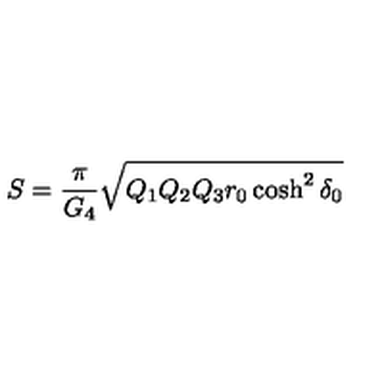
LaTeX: S = { \frac { \pi } { G _ { 4 } } } \sqrt { Q _ { 1 } Q _ { 2 } Q _ { 3 } r _ { 0 } \cosh ^ { 2 } \delta _ { 0 } }